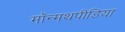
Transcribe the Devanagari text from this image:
मॉन्मथपीडिया